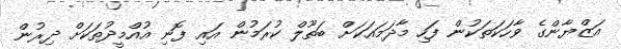
އަޒްޔާންގެ ވާހަކަތަކުން ފަހި މާދަމައަކަށް ބަތޫލް ކުރަމުން އައި ފޮނި އުއްމީދުތަކަށް ދިރުން